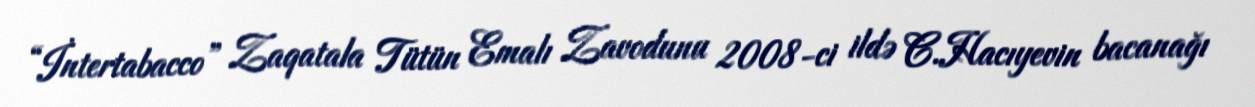
“İntertabacco” Zaqatala Tütün Emalı Zavodunu 2008-ci ildə C.Hacıyevin bacanağı